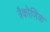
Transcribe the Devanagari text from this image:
त्रैकोणिक